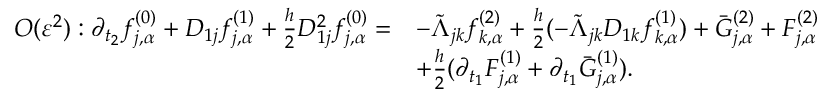
\begin{array} { r l } { O ( \varepsilon ^ { 2 } ) : \partial _ { t _ { 2 } } f _ { j , \alpha } ^ { ( 0 ) } + D _ { 1 j } f _ { j , \alpha } ^ { ( 1 ) } + \frac { h } { 2 } D _ { 1 j } ^ { 2 } f _ { j , \alpha } ^ { ( 0 ) } = } & { - \tilde { \Lambda } _ { j k } f _ { k , \alpha } ^ { ( 2 ) } + \frac { h } { 2 } ( - \tilde { \Lambda } _ { j k } D _ { 1 k } f _ { k , \alpha } ^ { ( 1 ) } ) + \bar { G } _ { j , \alpha } ^ { ( 2 ) } + F _ { j , \alpha } ^ { ( 2 ) } } \\ & { + \frac { h } { 2 } ( \partial _ { t _ { 1 } } F _ { j , \alpha } ^ { ( 1 ) } + \partial _ { t _ { 1 } } \bar { G } _ { j , \alpha } ^ { ( 1 ) } ) . } \end{array}